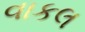
વાકલ